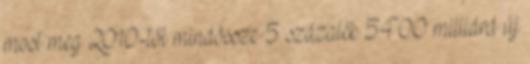
most meg 2010-től mindössze 5 százalék 5400 milliárd új